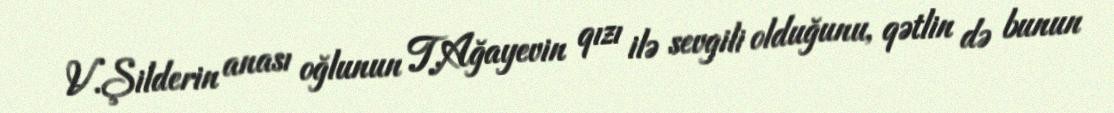
V.Şilderin anası oğlunun T.Ağayevin qızı ilə sevgili olduğunu, qətlin də bunun